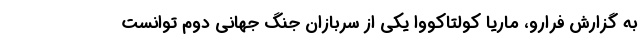
به گزارش فرارو، ماریا کولتاکووا یکی از سربازان جنگ جهانی دوم توانست